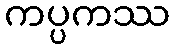
ကပ္ပကဿ